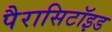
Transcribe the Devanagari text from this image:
पैरासिटॉइड